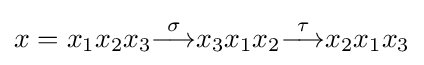
x=x_{1}x_{2}x_{3}{\overset {\sigma }{\longrightarrow }}x_{3}x_{1}x_{2}{\overset {\tau }{\longrightarrow }}x_{2}x_{1}x_{3}